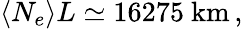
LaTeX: \langle N_{e}\rangle L\simeq 16275\mathrm{~km}\, ,